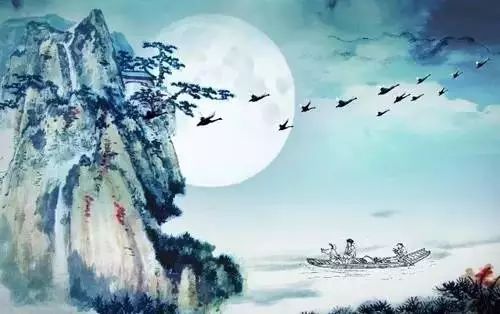
公生明，偏生闇